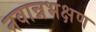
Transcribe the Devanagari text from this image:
नवान्नभक्षण